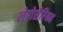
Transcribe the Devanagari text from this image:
लेप्रोसैरियम